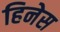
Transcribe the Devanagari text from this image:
हिनेस